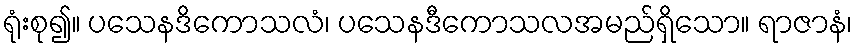
ရုံးစု၍။ ပသေနဒိကောသလံ၊ ပသေနဒီကောသလအမည်ရှိသော။ ရာဇာနံ၊